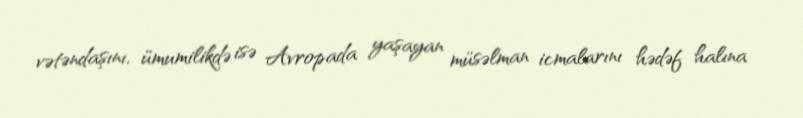
vətəndaşını, ümumilikdə isə Avropada yaşayan müsəlman icmalarını hədəf halına